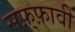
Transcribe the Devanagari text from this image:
सफ़्फ़ावी